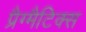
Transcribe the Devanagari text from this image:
प्रैग्मैटिक्स